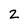
Character: 2